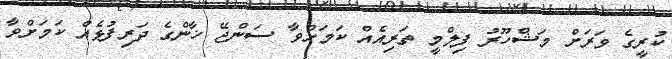
ކުރީގެ ވަރަށް މަޝްހޫރު ފިލްމީ ތަރިއެއް ކަމަށްވާ ސަންޖޭ ޚާންގެ ދަރިފުޅެއް ކަމަށްވާ